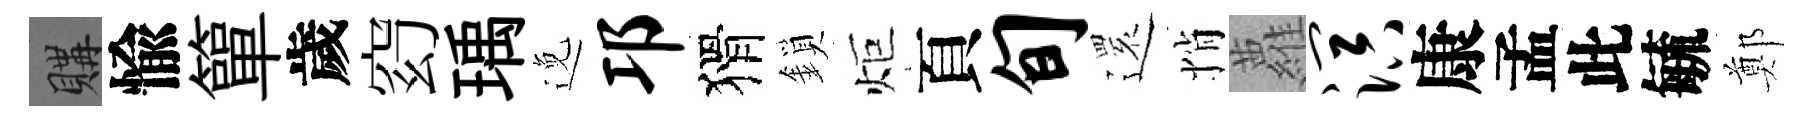
購愉簞歲𥥆瑀𨓜邛猾鎖炬頁旬𮟃悄蘿溟康孟此毓鄭